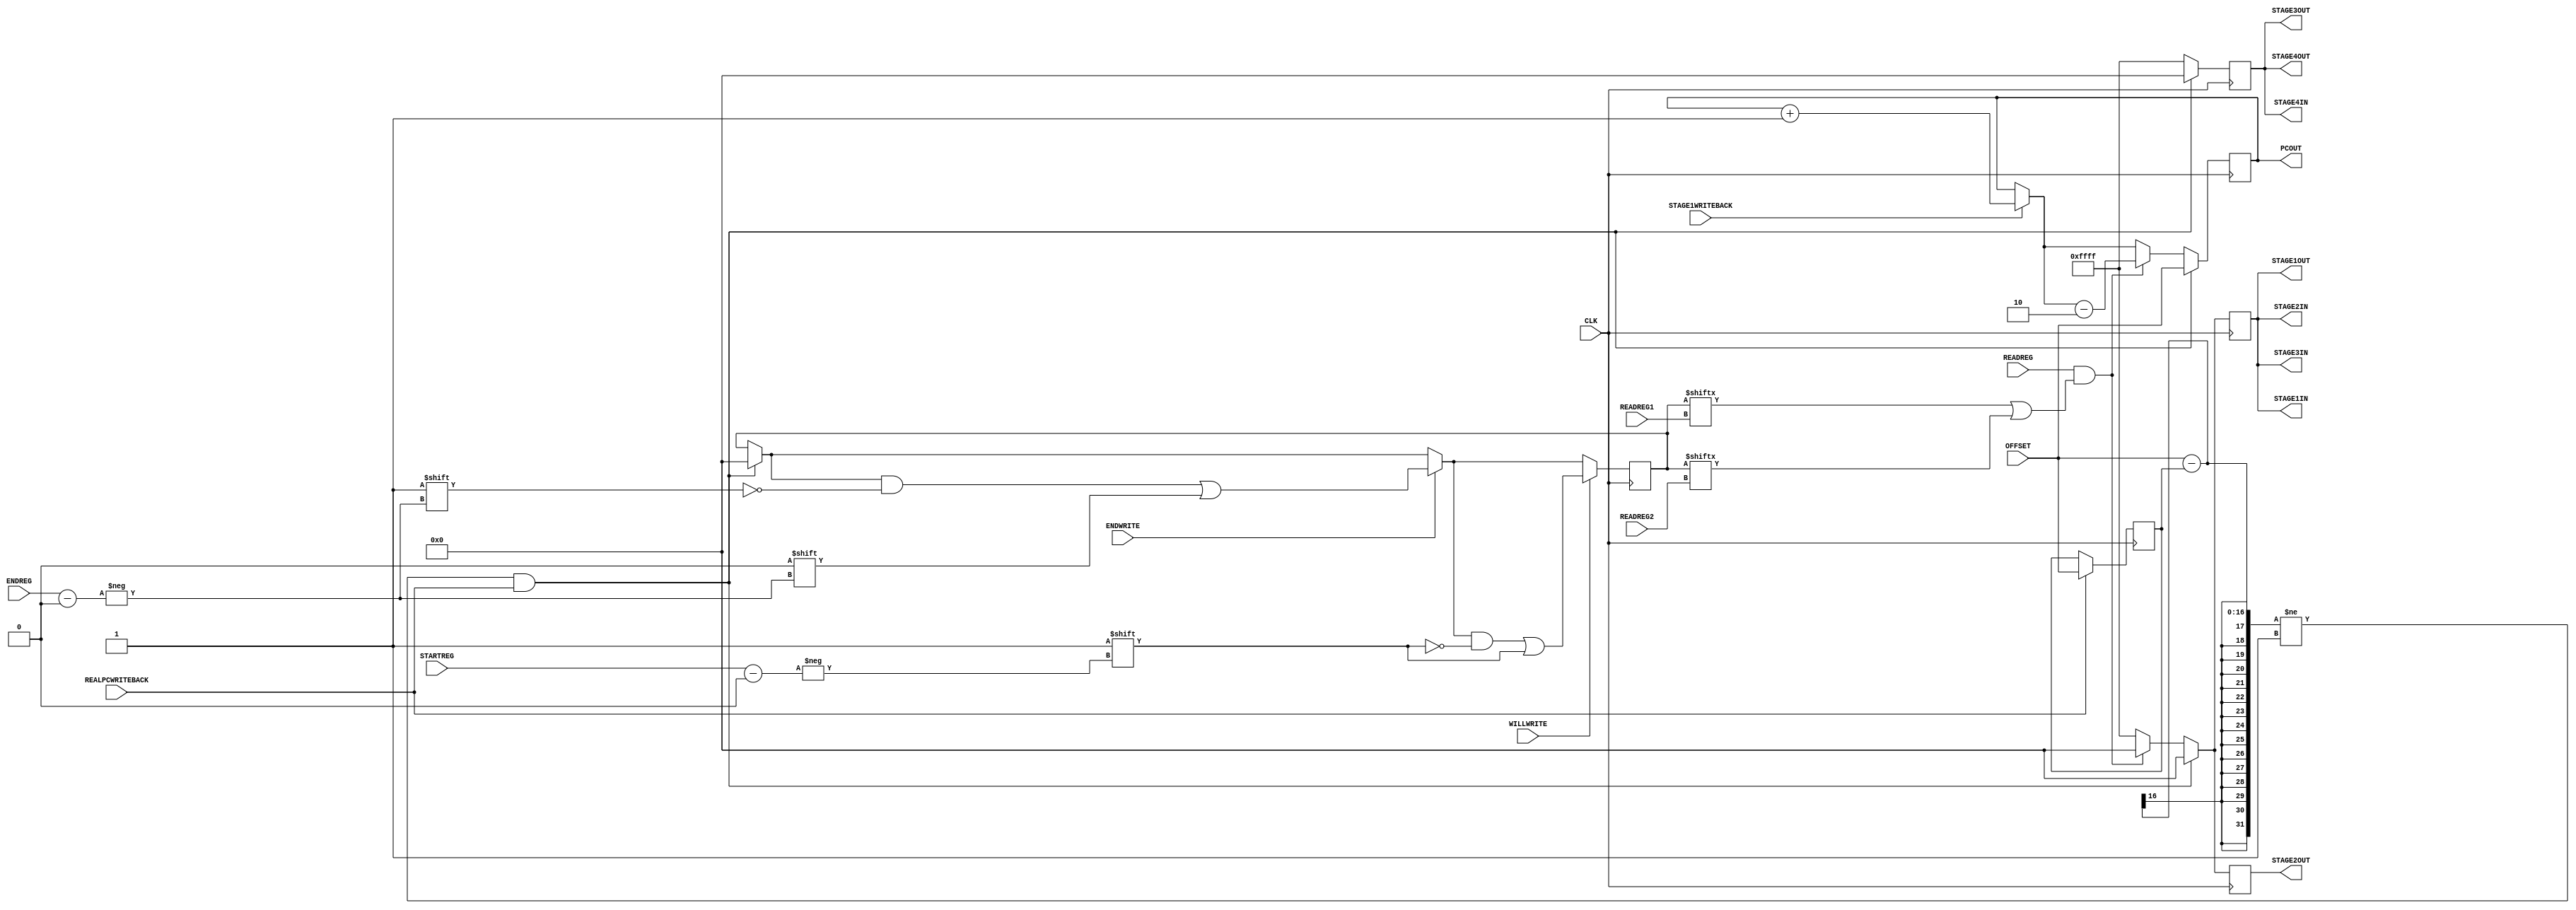
`timescale 1ns / 1ps
//////////////////////////////////////////////////////////////////////////////////
// Company: 
// Engineer: 
// 
// Design Name: 
// Module Name:    pc 
// Project Name: 
// Target Devices: 
// Tool versions: 
// Description: 
//
// Dependencies: 
//
// Revision: 
// Revision 0.01 - File Created
// Additional Comments: 
//
//////////////////////////////////////////////////////////////////////////////////
	module pc(PCOUT,STAGE1WRITEBACK,REALPCWRITEBACK,OFFSET,CLK,
		WILLWRITE,STARTREG,READREG1,READREG2,ENDWRITE,ENDREG,READREG, STAGE1IN,STAGE1OUT,STAGE2IN,STAGE2OUT,STAGE3IN,STAGE3OUT,STAGE4IN,STAGE4OUT
    );
	input REALPCWRITEBACK,CLK,STAGE1WRITEBACK;
	input[15:0] OFFSET;
	output [15:0]PCOUT;
	input[3:0] STARTREG,READREG1,READREG2,ENDREG;
	input WILLWRITE,ENDWRITE,READREG;
	output reg[15:0] STAGE1IN,STAGE1OUT,STAGE2IN,STAGE2OUT,STAGE3IN,STAGE3OUT,STAGE4IN,STAGE4OUT;
	
	
	reg [15:0] point;
	reg [15:0] i;
	reg[15:0] writingreg;
	reg[15:0] tmppc;
	reg[15:0] realpc;
	parameter ZERO =  16'b0000_0000_0000_0000;
	parameter ALLONE =  16'b1111_1111_1111_1111;
	reg JUMPPC;
	
	initial
	begin
		tmppc = 16'd0;
		realpc  = 16'd0;
		writingreg = ZERO;
		point = 0;
		i = 0;
		
		STAGE1IN = ALLONE;
		STAGE2IN = ALLONE;
		STAGE3IN = ALLONE;
		STAGE4IN = ALLONE;
		
		STAGE1OUT = ALLONE;
		STAGE3OUT = ALLONE;
		STAGE4OUT = ALLONE;
		
		JUMPPC = 1'b0;
	end
	
	assign PCOUT = tmppc;
	
	
	
	always@(posedge CLK)
	begin	
	end
	
	always@(negedge CLK)
	begin
		JUMPPC = 1'b0;
		
		if(STAGE1WRITEBACK)
			tmppc = tmppc + 1;
			

			
		if((OFFSET -realpc != 1) && REALPCWRITEBACK)begin
			STAGE1IN = ZERO;
			STAGE2IN = ZERO;
			STAGE3IN = ZERO;
			STAGE4IN = ZERO;
		
			STAGE1OUT = ZERO;
			STAGE2OUT = ZERO;
			STAGE3OUT = ZERO;
			STAGE4OUT = ZERO;
			tmppc = OFFSET;
			writingreg = 16'b0000_0000_0000_0000;	
			
		end
		else if(READREG && (writingreg[READREG1]||writingreg[READREG2]))begin
			STAGE1IN = ZERO;
			STAGE2IN = ZERO;
			STAGE3IN = ZERO;
			STAGE4IN = ALLONE;
		
			STAGE1OUT = ZERO;
			STAGE2OUT = ZERO;
			STAGE3OUT = ALLONE;
			STAGE4OUT = ALLONE;
			tmppc = tmppc-2;
		end
		else
		begin
			STAGE1IN = ALLONE;
			STAGE2IN = ALLONE;
			STAGE3IN = ALLONE;
			STAGE4IN = ALLONE;
		
			STAGE1OUT = ALLONE;
			STAGE2OUT = ALLONE;
			STAGE3OUT = ALLONE;
			STAGE4OUT = ALLONE;
		end
		if(ENDWRITE == 1'b1)
			begin
				writingreg[ENDREG] = 1'b0;
			end
		
		if(WILLWRITE == 1'b1)
			begin
				writingreg[STARTREG] = 1'b1;
		end
		
		if(REALPCWRITEBACK == 1'b1)
		begin
			realpc = OFFSET;
		end
	
	
	end
	

endmodule